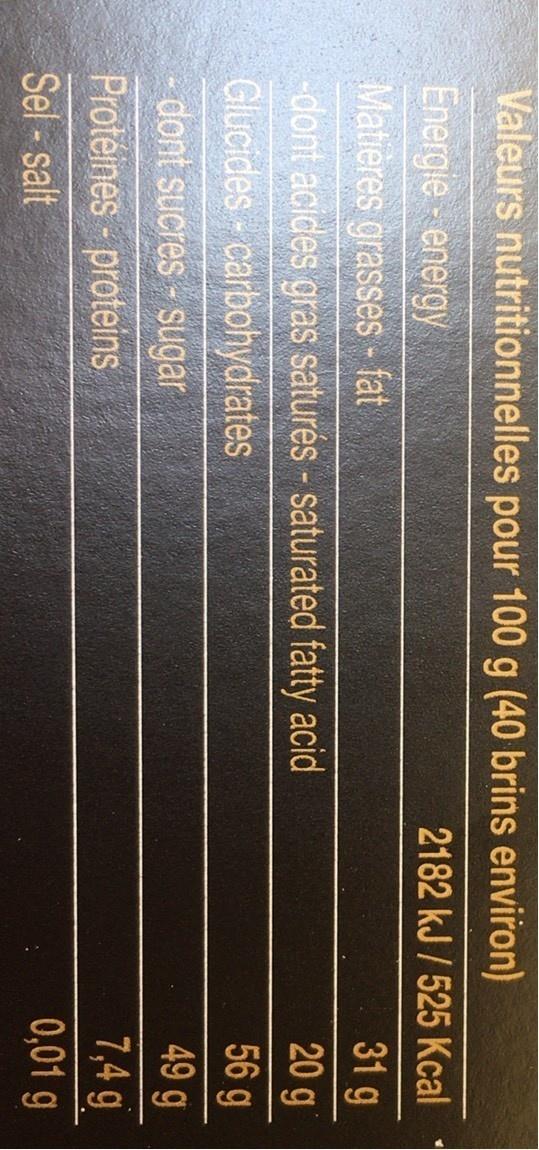
Valeurs nutritionnelles pour 100 g (40 brins environ)
2182 kJ / 525 Kcal
Energie - energy Matieres grasses - fat
31 g 20 g
-dont acides gras saturés - saturated fatty acid
56 g
Glucides - carbohydrates
49 g
dont sucres - sugar
7,4 g
Proteines - proteins
0,01 g
Sel - salt